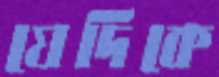
যেদিকে